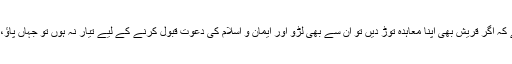
مدعا یہ ہے کہ اگر قریش بھی اپنا معاہدہ توڑ دیں تو اُن سے بھی لڑو اور ایمان و اسلام کی دعوت قبول کرنے کے لیے تیار نہ ہوں تو جہاں پاؤ، قتل کر دو۔